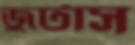
জুটাস